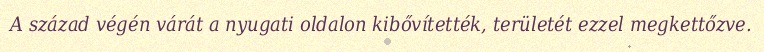
A század végén várát a nyugati oldalon kibővítették, területét ezzel megkettőzve.